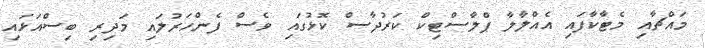
މައްޗާއި މެޓާކާފައި އެއްލާލާ ޕްލާސްޓިކް ކަރުދާސް ކޮޅުގައި ވެސް ފެންހަރުލައި މަދިރި ބިސްއަޅައި